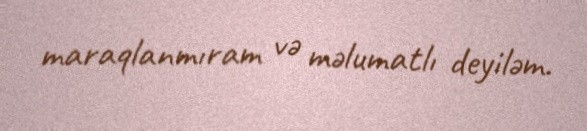
maraqlanmıram və məlumatlı deyiləm.